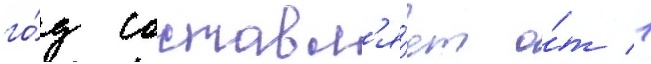
го́д составл'я́ет о́т 1